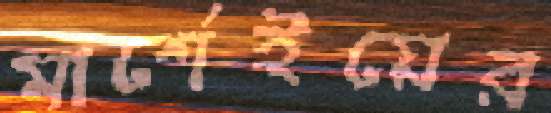
মার্শেইয়ের